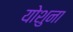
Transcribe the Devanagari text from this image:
योशुना